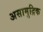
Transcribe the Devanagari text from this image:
असामुद्रिक